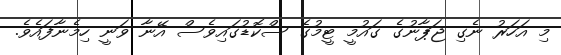
މި އަހަރު ނެގި ޖަޕާނުގެ ގައުމީ ޓީމުގެ ސްކޮޑުގައިވެސް އޭނާ ވަނީ ހިމެނާފައެވެ.